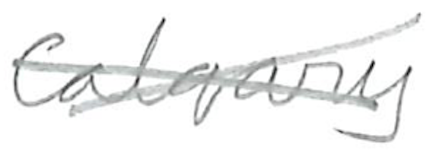
Text: Calgary
Cross-out: cross
Writing tool: pencil